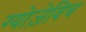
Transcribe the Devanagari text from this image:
ग्योज़ेविच